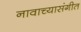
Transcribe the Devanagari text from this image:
नावाच्यासंगीत